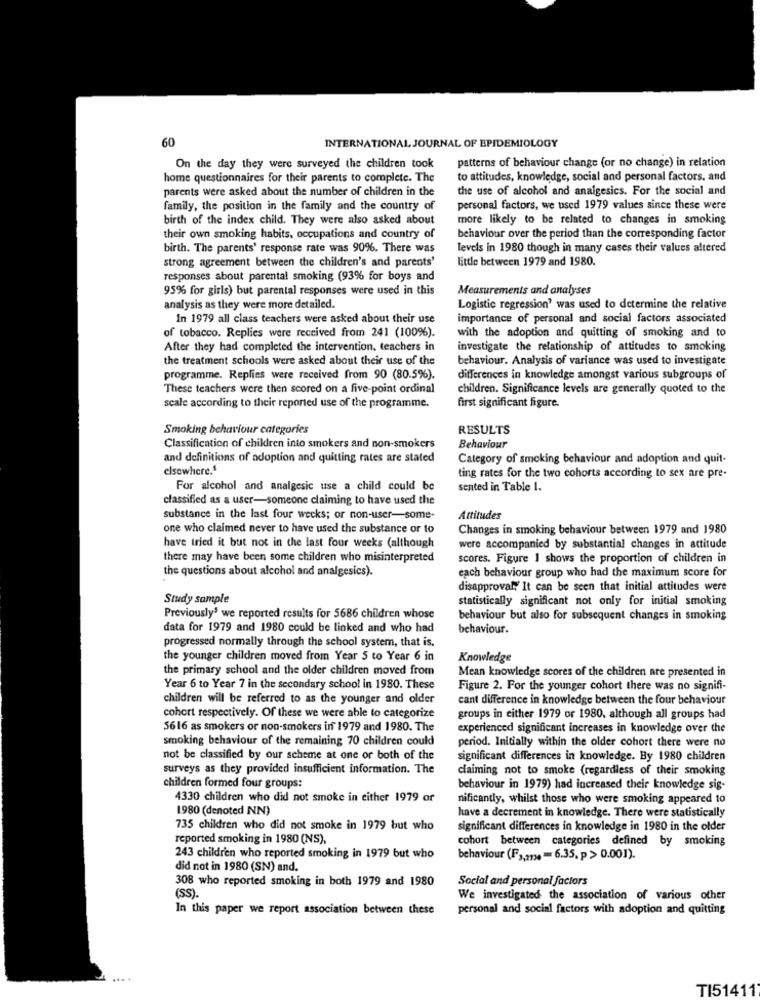
60
INTERNATIONAL JOURNAL OF EPIDEMIOLOGY
patterns of behaviour change (or no change) in relation
On the day they were surveyed the children took
home questionnaires for their parents to complete. The
to attitudes, knowledge, social and personal factors, and
parents were asked about the number of children in the
the use of alcohol and analgesics. For the social and
family, the position in the family and the country of
personal factors, we used 1979 values since these were
birth of the index child. They were also asked about
more likely to be related to changes in smoking
their own smoking habits, occupations and country of
behaviour over the period than the corresponding factor
birth. The parents' response rate was 90%. There was
levels in 1980 though in many cases their values altered
strong agreement between the children's and parents'
little between 1979 and 1980.
responses about parental smoking (93% for boys and
95% for girls) but parental responses were used in this
Measurements and analyses
analysis as they were more detailed.
Logistic regression' was used to determine the relative
In 1979 all class teachers were asked about their use
importance of personal and social factors associated
of tobacco. Replies were received from 241 (100%).
with the adoption and quitting of smoking and to
After they had completed the intervention, teachers in
investigate the relationship of attitudes to smoking
the treatment schools were asked about their use of the
behaviour. Analysis of variance was used to investigate
programme. Replies were received from 90 (80.5%).
differences in knowledge amongst various subgroups of
These teachers were then scored on a five-point ordinal
children. Significance levels are generally quoted to the
scale according to their reported use of the programme.
first significant figure.
Smoking behaviour categories
RESULTS
Classification of children into smokers and non-smokers
Behaviour
and definitions of adoption and quitting rates are stated
Category of smoking behaviour and adoption and quit-
elsewhere."
ting rates for the two cohorts according to sex are pre-
For alcohol and analgesic use a child could be
sented in Table 1.
classified as a user-someone claiming to have used the
substance in the last four weeks; or non-user-some-
Attitudes
one who claimed never to have used the substance or to
Changes in smoking behaviour between 1979 and 1980
have tried it but not in the last four weeks (although
were accompanied by substantial changes in attitude
there may have been some children who misinterpreted
scores. Figure 1 shows the proportion of children in
the questions about alcohol and analgesics).
each behaviour group who had the maximum score for
disapproval: It can be seen that initial attitudes were
Study sample
statistically significant not only for initial smoking
Previously3 we reported results for 5686 children whose
behaviour but also for subsequent changes in smoking
data for 1979 and 1980 could be linked and who had
behaviour.
progressed normally through the school system, that is.
the younger children moved from Year 5 to Year 6 in
Knowledge
the primary school and the older children moved from
Mean knowledge scores of the children are presented in
Year 6 to Year 7 in the secondary school in 1980. These
Figure 2. For the younger cohort there was no signifi-
children will be referred to as the younger and older
cant difference in knowledge between the four behaviour
cohort respectively. Of these we were able to categorize
groups in either 1979 or 1980. although all groups had
5616 as smokers or non-smokers in 1979 and 1980. The
experienced significant increases in knowledge over the
smoking behaviour of the remaining 70 children could
period. Initially within the older cohort there were no
not be classified by our scheme at one or both of the
significant differences in knowledge. By 1980 children
surveys as they provided insufficient information. The
claiming not to smoke (regardless of their smoking
children formed four groups:
behaviour in 1979) had increased their knowledge sig-
4330 children who did not smoke in either 1979 or
nificantly, whilst those who were smoking appeared to
1980 (denoted NN)
have a decrement in knowledge. There were statistically
735 children who did not smoke in 1979 but who
significant differences in knowledge in 1980 in the older
reported smoking in 1980 (NS),
cohort between categories defined by smoking
243 children who reported smoking in 1979 but who
behaviour (F),a> = 6.35, p > 0.001).
did not in 1980 (SN) and.
308 who reported smoking in both 1979 and 1980
Social and personal factors
(SS).
We investigated the association of various other
In this paper we report association between these
personal and social factors with adoption and quitting
TI51411